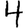
Digit: 4